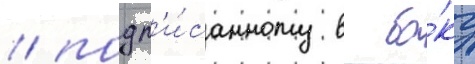
/ подп'и́санному в ба́ку